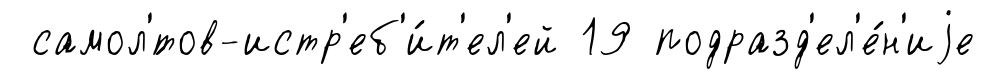
самол'́тов-истр'еб'и́т'ел'ей 19 подразд'ел'е́н'иjе